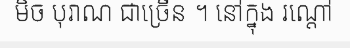
មិច បុរាណ ជាច្រើន ។ នៅក្នុង រណ្តៅ